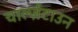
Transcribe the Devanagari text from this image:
चार्ल्ज़टाउन